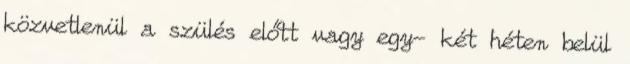
közvetlenül a szülés előtt vagy egy- két héten belül